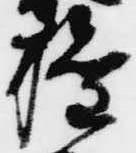
権